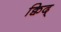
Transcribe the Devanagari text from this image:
क्विद्